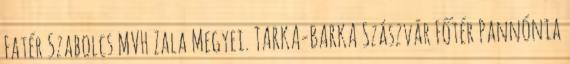
Fatér Szabolcs MVH Zala Megyei. TARKA-BARKA Szászvár Főtér Pannónia